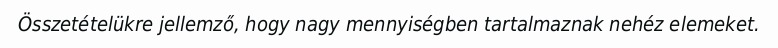
Összetételükre jellemző, hogy nagy mennyiségben tartalmaznak nehéz elemeket.